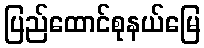
ပြည်ထောင်စုနယ်မြေ